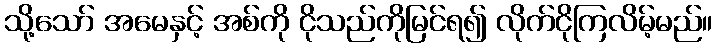
သို့သော် အမေနှင့် အစ်ကို ငိုသည်ကိုမြင်ရ၍ လိုက်ငိုကြလိမ့်မည်။